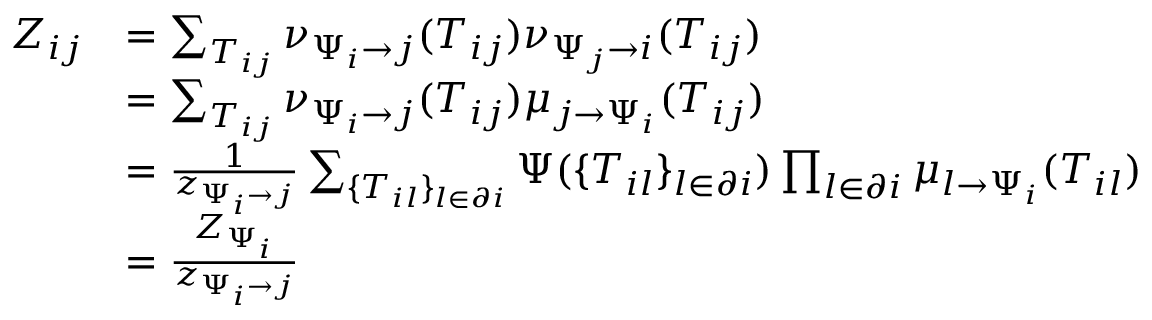
\begin{array} { r } { \begin{array} { r l } { Z _ { i j } } & { = \sum _ { T _ { i j } } \nu _ { \Psi _ { i } \to j } ( T _ { i j } ) \nu _ { \Psi _ { j } \to i } ( T _ { i j } ) } \\ & { = \sum _ { T _ { i j } } \nu _ { \Psi _ { i } \to j } ( T _ { i j } ) \mu _ { j \to \Psi _ { i } } ( T _ { i j } ) } \\ & { = \frac { 1 } { z _ { \Psi _ { i } \to j } } \sum _ { \{ T _ { i l } \} _ { l \in \partial i } } \Psi ( \{ T _ { i l } \} _ { l \in \partial i } ) \prod _ { l \in \partial i } \mu _ { l \to \Psi _ { i } } ( T _ { i l } ) } \\ & { = \frac { Z _ { \Psi _ { i } } } { z _ { \Psi _ { i } \to j } } } \end{array} } \end{array}